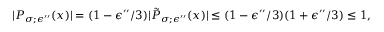
\begin{array} { r } { | P _ { \sigma ; \epsilon ^ { \prime \prime } } ( x ) | = ( 1 - \epsilon ^ { \prime \prime } / 3 ) | \tilde { P } _ { \sigma ; \epsilon ^ { \prime \prime } } ( x ) | \le ( 1 - \epsilon ^ { \prime \prime } / 3 ) ( 1 + \epsilon ^ { \prime \prime } / 3 ) \le 1 , } \end{array}